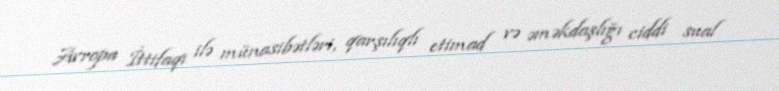
Avropa İttifaqı ilə münasibətləri, qarşılıqlı etimad və əməkdaşlığı ciddi sual